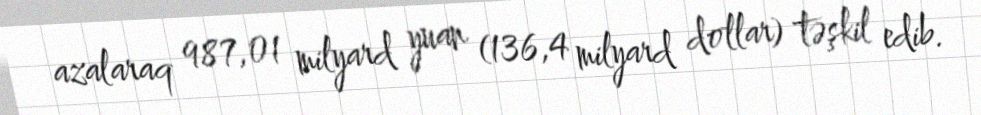
azalaraq 987,01 milyard yuan (136,4 milyard dollar) təşkil edib.